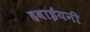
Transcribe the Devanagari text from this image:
हवाईयनी